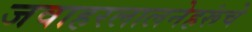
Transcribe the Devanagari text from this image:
जवाहरलालनेहरूंचे